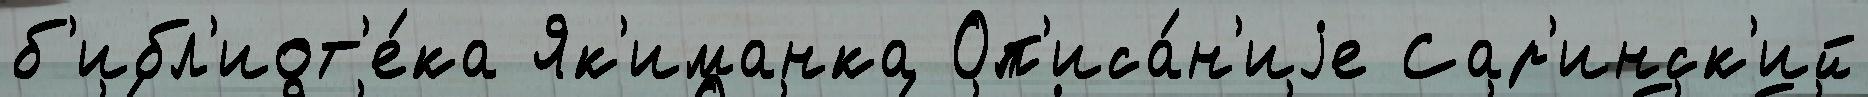
б'ибл'иот'е́ка Як'иманка Оп'иса́н'иjе Сар'инск'ий